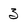
Character: 3